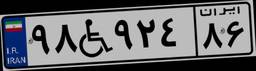
۱۱W۱۸۲۵۱